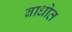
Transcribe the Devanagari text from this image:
बाधोत